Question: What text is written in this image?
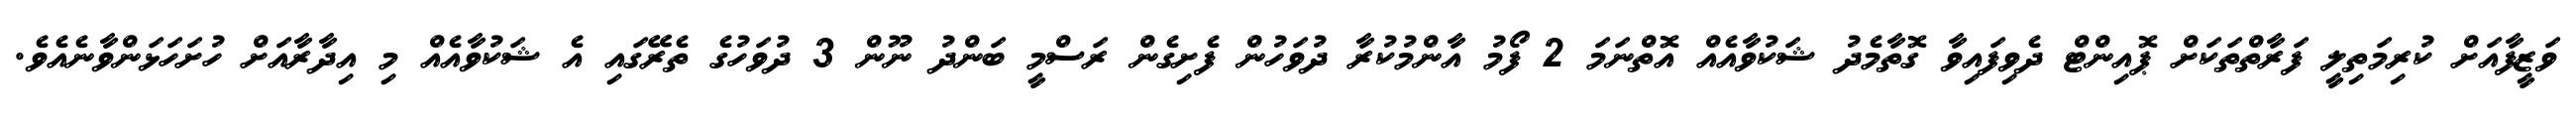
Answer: ވަޒީފާއަށް ކުރިމަތިލީ ފަރާތްތަކަށް ޕޮއިންޓް ދެވިފައިވާ ގޮތާމެދު ޝަކުވާއެއް އޮތްނަމަ 2 ފޯމު އާންމުކުރާ ދުވަހުން ފެށިގެން ރަސްމީ ބަންދު ނޫން 3 ދުވަހުގެ ތެރޭގައި އެ ޝަކުވާއެއް މި އިދާރާއަށް ހުށަހަޅަންވާނެއެވެ.